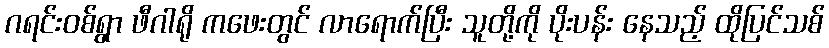
ဂရင်းဝစ်ရွာ ဖီဂါရို ကဖေးတွင် လာရောက်ပြီး သူတို့ကို ပိုးပန်း နေသည့် ထိုပြင်သစ်